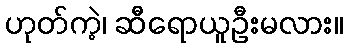
ဟုတ်ကဲ့၊ ဆီရောယူဦးမလား။